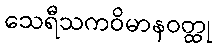
သေရီသကဝိမာနဝတ္ထု